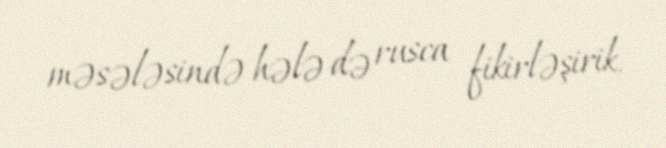
məsələsində hələ də rusca fikirləşirik.